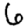
Digit: 6